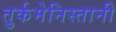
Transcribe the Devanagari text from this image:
तुर्कमेनिस्तानी